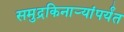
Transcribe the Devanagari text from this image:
समुद्रकिनार्‍यांपर्यंत